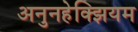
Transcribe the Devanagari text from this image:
अनुनहेक्झियम